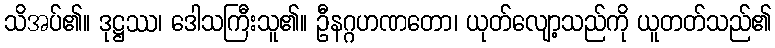
သိအပ်၏။ ဒုဋ္ဌဿ၊ ဒေါသကြီးသူ၏။ ဦနဂ္ဂဟဏတော၊ ယုတ်လျော့သည်ကို ယူတတ်သည်၏